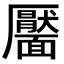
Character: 靨